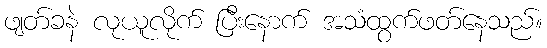
ဖျတ်ခနဲ လုယူလိုက် ပြီးနောက် အသံထွက်ဖတ်နေသည်။